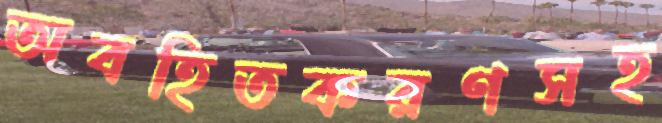
অবহিতকরণসহ